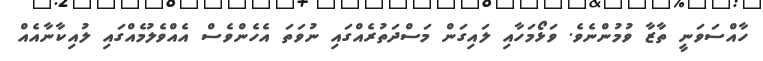
ހާއްސަވަނީ ތާޒާ ވުމުންނެވެ. ވަޅޯމަހާއި ލައިގަން މަސްދަތުރެއްގައި ނުވަތަ އެހެންވެސް އެއްވެލުމެއްގައި ލުއިކާނާއެއް